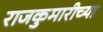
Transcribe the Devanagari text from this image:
राजकुमारीच्या